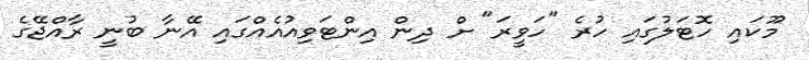
މޫކައި ހޮޓަލުގައި ހުރެ "ހަވީރަ" ށް ދިން އިންޓަވިއުއެއްގައި އޭނާ ބުނީ ރާއްޖޭގެ